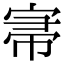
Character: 𡨦